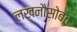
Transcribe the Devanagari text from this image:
लखनौसोबत